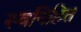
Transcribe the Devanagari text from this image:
स्वनिहित